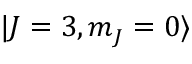
\mathinner { | { J = 3 , m _ { J } = 0 } \rangle }